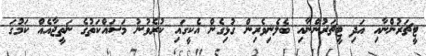
ޓީޗަރުންނާއި އަދި ޓީޗަރުންނާއި ބެލެނިވެރިން ގުޅިގެން އެކީގައި ކުރެވުނު މަސައްކަތުގެ ނަތީޖާއެއް ކަމުގަ